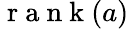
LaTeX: \mathrm{~r~a~n~k~}(a)